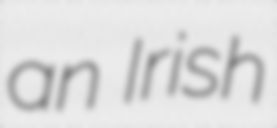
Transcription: an Irish